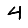
Digit: 4